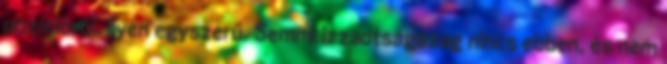
pozícióról. ilyen egyszerű. Semmi izzadtságszag nincs ebben, és nem